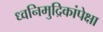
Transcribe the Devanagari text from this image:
ध्वनिमुद्रिकांपेक्षा